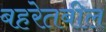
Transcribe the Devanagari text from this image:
बहरेतबील